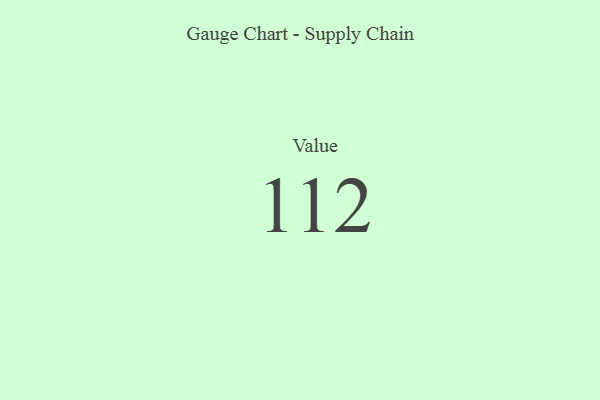
{"axis": {"x": "Metric", "y": "Value"}, "legend": [""], "data": [{"x": "Value", "y": 112, "type": ""}]}